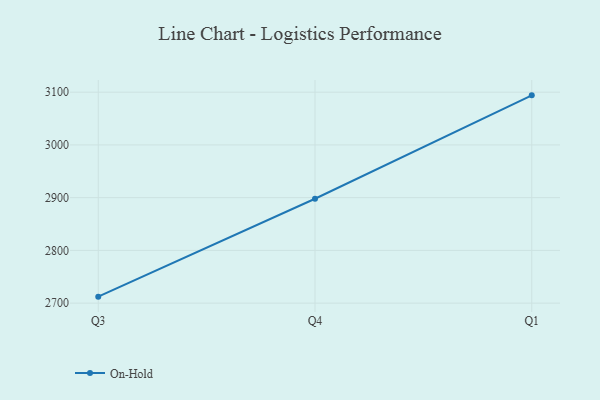
{"axis": {"x": "Quarter", "y": "Bounce Rate (%)"}, "legend": ["On-Hold"], "data": [{"x": "Q3", "y": 2712.3, "type": "On-Hold"}, {"x": "Q4", "y": 2898.0, "type": "On-Hold"}, {"x": "Q1", "y": 3094.0, "type": "On-Hold"}]}